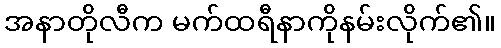
အနာတိုလီက မက်ထရီနာကိုနမ်းလိုက်၏။